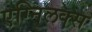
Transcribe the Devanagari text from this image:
एग्निलक्स